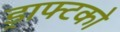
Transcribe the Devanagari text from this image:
ड्राफ्टको